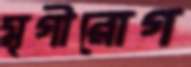
মৃগীরোগ